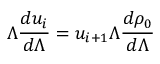
\Lambda \frac { d u _ { i } } { d \Lambda } = u _ { i + 1 } \Lambda \frac { d \rho _ { 0 } } { d \Lambda }